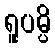
ရူပမ္ပိ